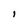
Character: l